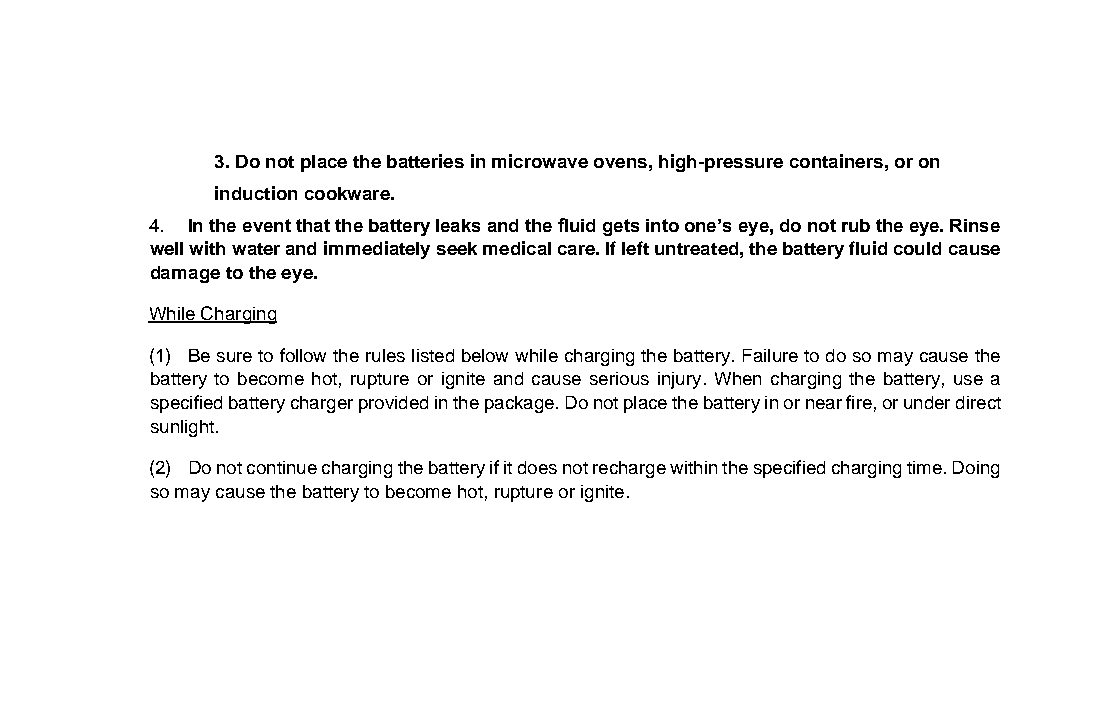
3. Do not place the batteries in microwave ovens, high-pressure containers, or on
 induction cookware.
 4. In the event that the battery leaks and the fluid gets into one’s eye, do not rub the eye. Rinse
 well with water and immediately seek medical care. If left untreated, the battery fluid could cause
 damage to the eye.
 While Charging
 (1) Be sure to follow the rules listed below while charging the battery. Failure to do so may cause the
 battery to become hot, rupture or ignite and cause serious injury. When charging the battery, use a
 specified battery charger provided in the package. Do not place the battery in or near fire, or under direct
 sunlight.
 (2) Do not continue charging the battery if it does not recharge within the specified charging time. Doing
 so may cause the battery to become hot, rupture or ignite.